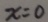
x = 0